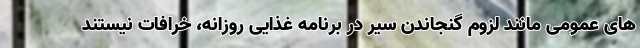
های عمومی مانند لزوم گنجاندن سیر در برنامه غذایی روزانه، خرافات نیستند